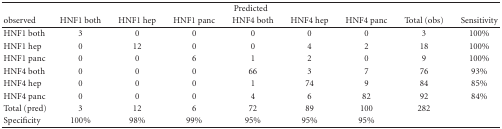
| <COLSPAN=9> Predicted |
 | observed | HNF1both | HNF1 hep | HNF1panc | HNF4 both | HNF4 hep | HNF4 panc | Total (obs) | Sensitivity |
 | --- | --- | --- | --- | --- | --- | --- | --- | --- |
 | HNF1 both | 3 | 0 | 0 | 0 | 0 | 0 | 3 | 100% |
 | HNF1 hep | 0 | 12 | 0 | 0 | 4 | 2 | 18 | 100% |
 | HNF1 panc | 0 | 0 | 6 | 1 | 2 | 0 | 9 | 100% |
 | HNF4 both | 0 | 0 | 0 | 66 | 3 | 7 | 76 | 93% |
 | HNF4 hep | 0 | 0 | 0 | 1 | 74 | 9 | 84 | 85% |
 | HNF4 panc | 0 | 0 | 0 | 4 | 6 | 82 | 92 | 84% |
 | Total (pred) | 3 | 12 | 6 | 72 | 89 | 100 | 282 |  |
 | Specificity | 100% | 98% | 99% | 95% | 95% | 95% |  |  |